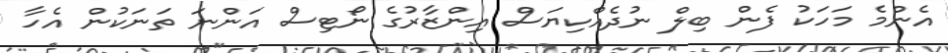
އެންމެ މަހަކު ފެން ބިލް ނުދެއްކިޔަސް އިންޒާރުގެ ނޯޓިސް އަންނަ ތަނަކުން އެހާ